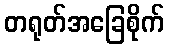
တရုတ်အခြေစိုက်